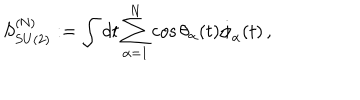
S _ { S U ( 2 ) } ^ { ( \mathrm { N } ) } : = \int d t \sum _ { \alpha = 1 } ^ { N } \cos \theta _ { \alpha } ( t ) \dot { \phi } _ { \alpha } ( t ) \, ,